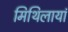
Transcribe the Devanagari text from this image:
मिथिलायां